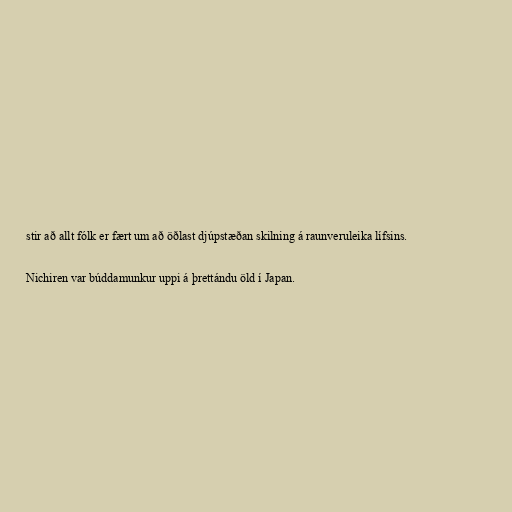
stir að allt fólk er fært um að öðlast djúpstæðan skilning á raunveruleika lífsins.

Nichiren var búddamunkur uppi á þrettándu öld í Japan.